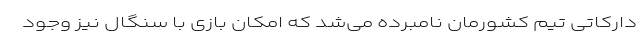
دارکاتی تیم کشورمان نامبرده می‌شد که امکان بازی با سنگال نیز وجود